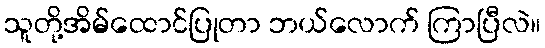
သူတို့အိမ်ထောင်ပြုတာ ဘယ်လောက် ကြာပြီလဲ။